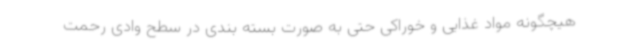
هیچگونه مواد غذایی و خوراکی حتی به صورت بسته بندی در سطح وادی رحمت